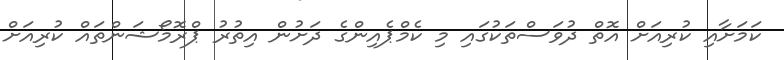
ކަމަށާއި ކުރިއަށް އޮތް ދުވަސްތަކުގައި މި ކެމްޕެއިންގެ ދަށުން އިތުރު ޕްރޮމޯޝަންތައް ކުރިއަށް